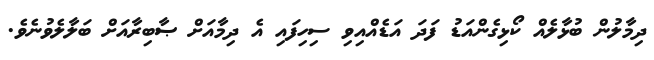
ދިމާލުން ބުޅާލެއް ކޯޅިގެންއަޑު ފަދަ އަޑެއްއިވި ސިހިފައި އެ ދިމާއަށް ޞާބިރާއަށް ބަލާލެވުނެވެ.